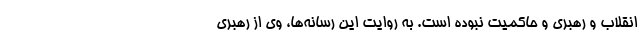
انقلاب و رهبری و حاکمیت نبوده است. به روایت این رسانه‌ها، وی از رهبری